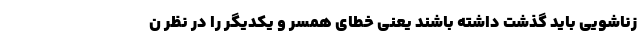
زناشویی باید گذشت داشته باشند یعنی خطای همسر و یکدیگر را در نظر ن